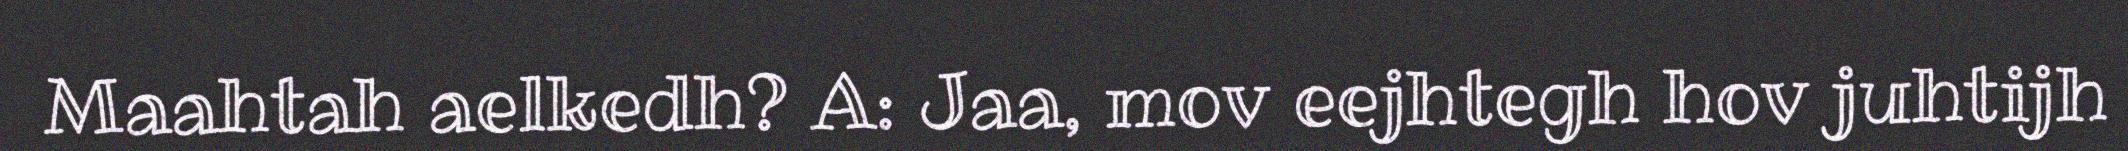
Maahtah aelkedh? A: Jaa, mov eejhtegh hov juhtijh